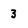
Character: 3